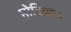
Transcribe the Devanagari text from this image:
मोदियाल